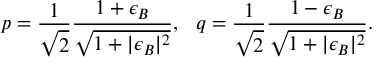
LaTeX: p = { \frac { 1 } { \sqrt { 2 } } } { \frac { 1 + \epsilon _ { B } } { \sqrt { 1 + | \epsilon _ { B } | ^ { 2 } } } } , ~ ~ q = { \frac { 1 } { \sqrt { 2 } } } { \frac { 1 - \epsilon _ { B } } { \sqrt { 1 + | \epsilon _ { B } | ^ { 2 } } } } .